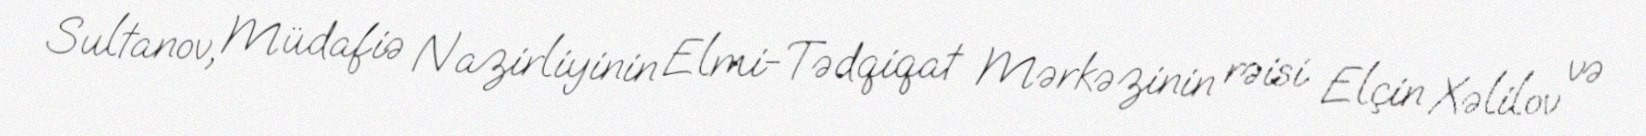
Sultanov, Müdafiə Nazirliyinin Elmi-Tədqiqat Mərkəzinin rəisi Elçin Xəlilov və